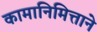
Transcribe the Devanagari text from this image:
कामानिमित्ताने